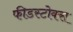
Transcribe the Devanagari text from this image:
फीडस्टोक्स